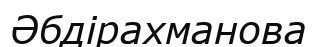
Әбдірахманова